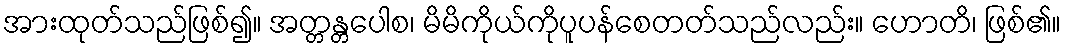
အားထုတ်သည်ဖြစ်၍။ အတ္တန္တပေါစ၊ မိမိကိုယ်ကိုပူပန်စေတတ်သည်လည်း။ ဟောတိ၊ ဖြစ်၏။